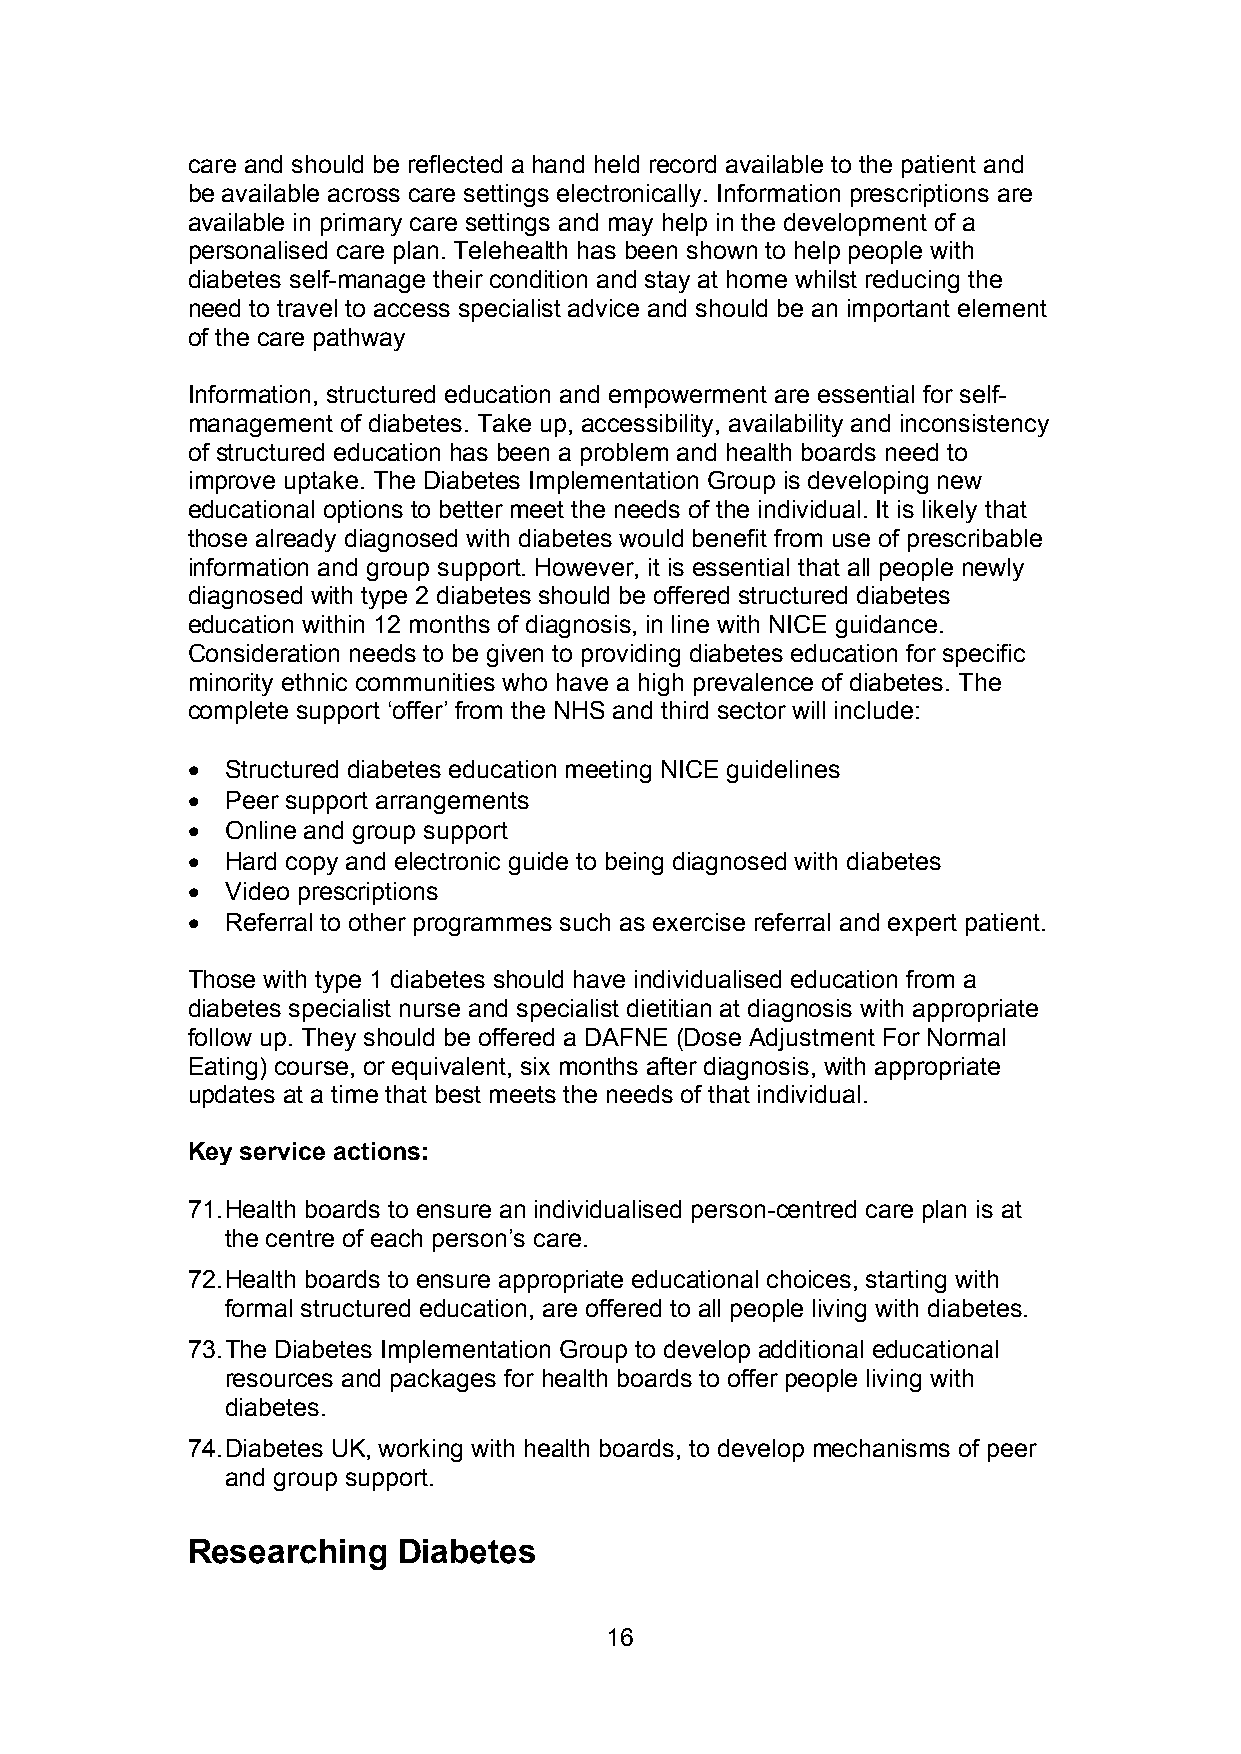
care and should be reflected a hand held record available to the patient and
 be available across care settings electronically. Information prescriptions are
 available in primary care settings and may help in the development of a
 personalised care plan. Telehealth has been shown to help people with
 diabetes self-manage their condition and stay at home whilst reducing the
 need to travel to access specialist advice and should be an important element
 of the care pathway
 Information, structured education and empowerment are essential for self-
 management of diabetes. Take up, accessibility, availability and inconsistency
 of structured education has been a problem and health boards need to
 improve uptake. The Diabetes Implementation Group is developing new
 educational options to better meet the needs of the individual. It is likely that
 those already diagnosed with diabetes would benefit from use of prescribable
 information and group support. However, it is essential that all people newly
 diagnosed with type 2 diabetes should be offered structured diabetes
 education within 12 months of diagnosis, in line with NICE guidance.
 Consideration needs to be given to providing diabetes education for specific
 minority ethnic communities who have a high prevalence of diabetes. The
 complete support ‘offer’ from the NHS and third sector will include:
   Structured diabetes education meeting NICE guidelines
   Peer support arrangements
   Online and group support
   Hard copy and electronic guide to being diagnosed with diabetes
   Video prescriptions
   Referral to other programmes such as exercise referral and expert patient.
 Those with type 1 diabetes should have individualised education from a
 diabetes specialist nurse and specialist dietitian at diagnosis with appropriate
 follow up. They should be offered a DAFNE (Dose Adjustment For Normal
 Eating) course, or equivalent, six months after diagnosis, with appropriate
 updates at a time that best meets the needs of that individual.
 Key service actions:
 71.Health boards to ensure an individualised person-centred care plan is at
 the centre of each person’s care.
 72.Health boards to ensure appropriate educational choices, starting with
 formal structured education, are offered to all people living with diabetes.
 73.The Diabetes Implementation Group to develop additional educational
 resources and packages for health boards to offer people living with
 diabetes.
 74.Diabetes UK, working with health boards, to develop mechanisms of peer
 and group support.
 Researching   Diabetes
 16